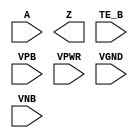
/**
 * Copyright 2020 The SkyWater PDK Authors
 *
 * Licensed under the Apache License, Version 2.0 (the "License");
 * you may not use this file except in compliance with the License.
 * You may obtain a copy of the License at
 *
 *     https://www.apache.org/licenses/LICENSE-2.0
 *
 * Unless required by applicable law or agreed to in writing, software
 * distributed under the License is distributed on an "AS IS" BASIS,
 * WITHOUT WARRANTIES OR CONDITIONS OF ANY KIND, either express or implied.
 * See the License for the specific language governing permissions and
 * limitations under the License.
 *
 * SPDX-License-Identifier: Apache-2.0
 */

`ifndef SKY130_FD_SC_HDLL__EBUFN_PP_SYMBOL_V
`define SKY130_FD_SC_HDLL__EBUFN_PP_SYMBOL_V

/**
 * ebufn: Tri-state buffer, negative enable.
 *
 * Verilog stub (with power pins) for graphical symbol definition
 * generation.
 *
 * WARNING: This file is autogenerated, do not modify directly!
 */

`timescale 1ns / 1ps
`default_nettype none

(* blackbox *)
module sky130_fd_sc_hdll__ebufn (
    //# {{data|Data Signals}}
    input  A   ,
    output Z   ,

    //# {{control|Control Signals}}
    input  TE_B,

    //# {{power|Power}}
    input  VPB ,
    input  VPWR,
    input  VGND,
    input  VNB
);
endmodule

`default_nettype wire
`endif  // SKY130_FD_SC_HDLL__EBUFN_PP_SYMBOL_V